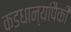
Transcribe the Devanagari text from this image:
कडधान्यांपैकी